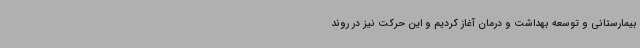
بیمارستانی و توسعه بهداشت و درمان آغاز کردیم و این حرکت نیز در روند